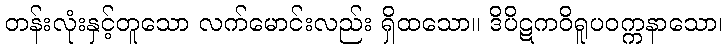
တန်းလုံးနှင့်တူသော လက်မောင်းလည်း ရှိထသော။ ဒိပိဋကဝိရူပဝက္ကနာသော၊